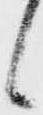
候